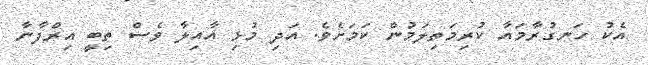
އެކު ހަނގުރާމައާ ކުރިމަތިިލަމުން ކަމަށެވެ. އަދި މުޅި އާއިލާ ވެސް ތިބީ އިރްފާނާ